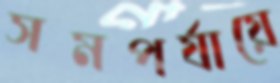
সমপর্যায়ে